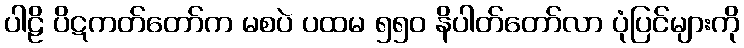
ပါဠိ ပိဋကတ်တော်က မစပဲ ပထမ ၅၅၀ နိပါတ်တော်လာ ပုံပြင်များကို